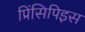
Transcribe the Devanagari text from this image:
प्रिंसिपिइस